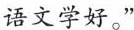
语文学好。”